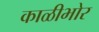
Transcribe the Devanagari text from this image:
काळीभोर